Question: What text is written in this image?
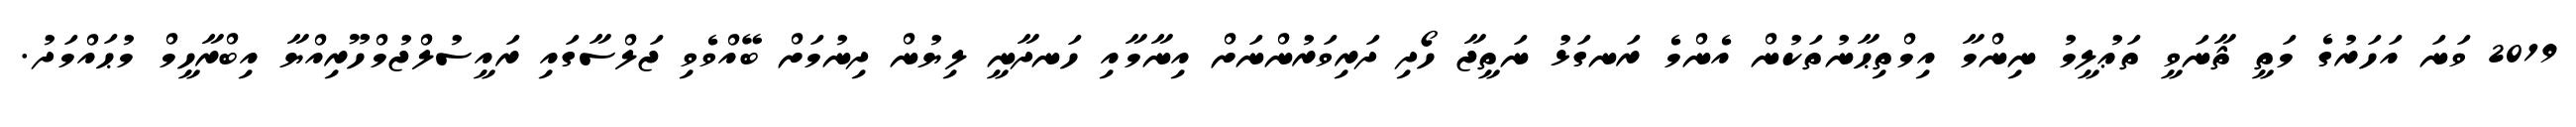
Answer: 2019 ވަނަ އަހަރުގެ މަތީ ޘާނަވީ ތަޢުލީމު ނިންމާ އިމްތިޙާނުތަކުން އެންމެ ރަނގަޅު ނަތީޖާ ހޯދި ދަރިވަރުންނަށް އިނާމާއި ހަނދާނީ ލިޔުން ދިނުމަށް ބޭއްވެވި ޖަލްސާގައި ރައީސުލްޖުމްހޫރިއްޔާ އިބްރާހީމް މުޙައްމަދު.